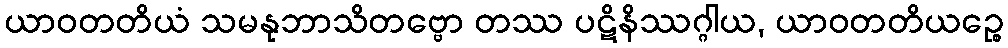
ယာဝတတိယံ သမနုဘာသိတဗ္ဗော တဿ ပဋိနိဿဂ္ဂါယ, ယာဝတတိယဉ္စေ